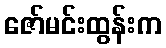
ဇော်မင်းထွန်းက